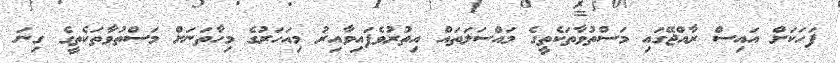
ފަހަކަށް އައިސް ރާއްޖޭގައި މަސްތުވާތަކެތީގެ މައްސަލަތައް އިތުރުވެފައިވާއިރު މިއަހަރުގެ މިހާތަނަށް މަސްތުވާތަކެތީގެ ގިނަ